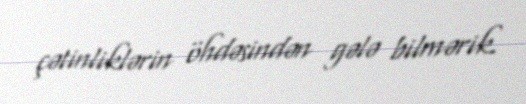
çətinliklərin öhdəsindən gələ bilmərik.